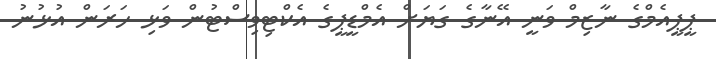
ޕީޕީއެމްގެ ނާޒިމް ވަނީ އޭނާގެ ގަޔަށް އެމްޑީޕީގެ އެކްޓިވިސްޓުން ވަޅި ހަރަން އުޅުނު